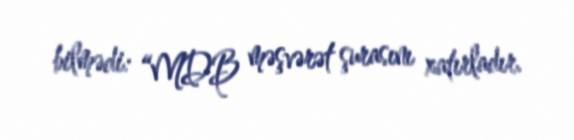
bilmədi: “MDB məşvərət şurasını xatırladır.